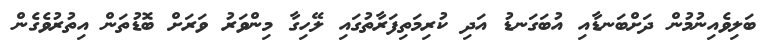
ބަލިވެއިނުމުން ދަށްބަނޑާއި އުބަގަނޑު އަދި ކުރިމަތިފަރާތުގައި ލޭހިގާ މިންވަރު ވަރަށް ބޮޑުތަން އިތުރުވެގެން